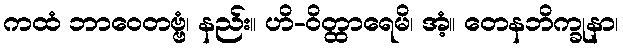
ကထံ ဘာဝေတဗ္ဗံ၊ နည်း။ ဟိ-ဝိတ္ထာရေမိ၊ အံ့။ တေနဘိက္ခုနာ၊